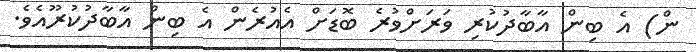
ން) އެ ބިން އާބާދުކުރި ވަރަށްވުރެ ބޮޑަށް އެއުރެން އެ ބިން އާބާދުކުރޫއެވެ.